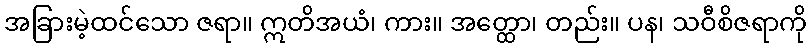
အခြားမဲ့ထင်သော ဇရာ။ ဣတိအယံ၊ ကား။ အတ္ထော၊ တည်း။ ပန၊ သဝီစိဇရာကို